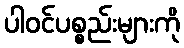
ပါဝင်ပစ္စည်းများကို